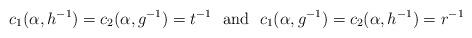
LaTeX: \begin{align*}c_1(\alpha,h^{-1})=c_2(\alpha,g^{-1})=t^{-1} \,\, \mbox{ and }\,\, c_1(\alpha,g^{-1})=c_2(\alpha,h^{-1})=r^{-1}\end{align*}